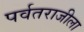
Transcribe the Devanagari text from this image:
पर्वतराजीला